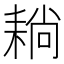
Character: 耥